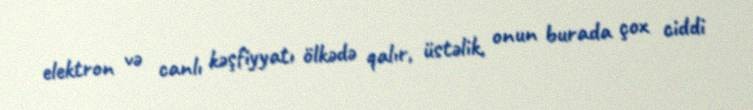
elektron və canlı kəşfiyyatı ölkədə qalır, üstəlik, onun burada çox ciddi